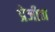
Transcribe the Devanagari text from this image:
प्रेजीन